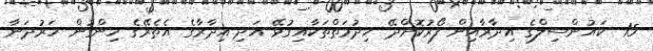
15- ކައުންސިލްގެ އިދާރާއިން ފޯރުކޮށްދޭ ޚިދުމަތްތަކާއިގުޅޭ އަދި އިދާރާގެ އެތެރޭގެ ހިންގުން ހަރުދަނާ